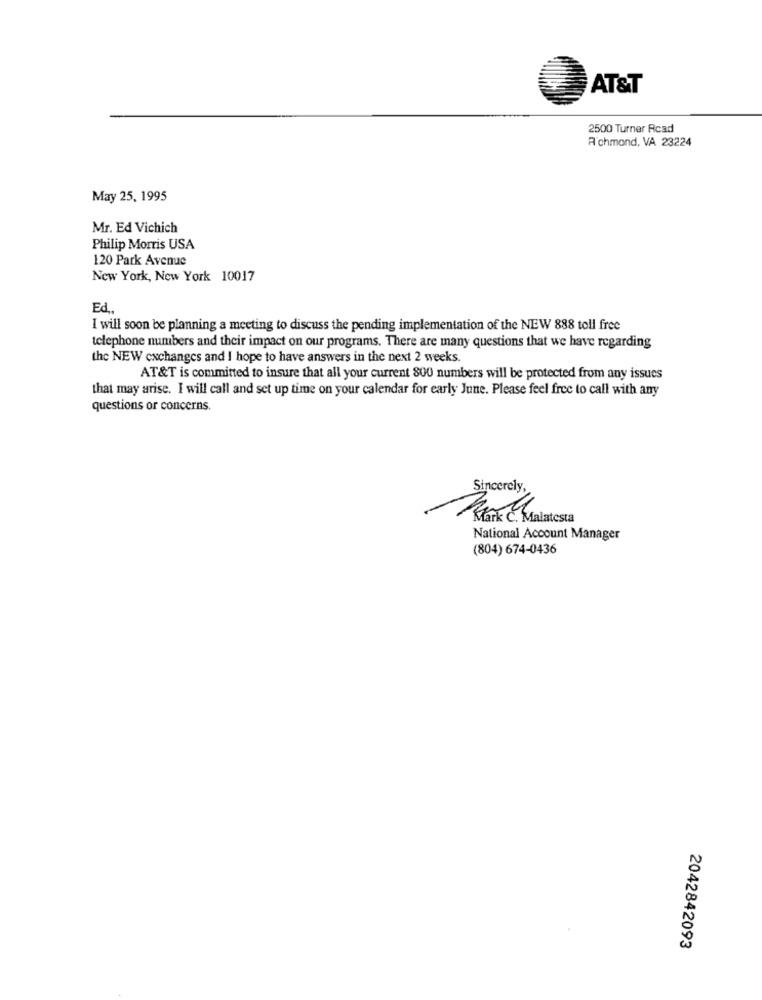
AT&T
2500 Turner Rcad
A'chmond, VA 23224
May 25, 1995
Mr. Ed Vichich
Philip Morris USA
120 Park Avenue
New York, New York 10017
Ed,
I will soon be planning a meeting to discuss the pending implementation of the NEW 888 toll free
telephone numbers and their impact on our programs. There are many questions that we have regarding
the NEW exchanges and I hope to have answers in the next 2 weeks.
AT&T is committed to insure that all your current 800 numbers will be protected from any issues
that may arise. I will call and set up time on your calendar for early June. Please feel free to call with any
questions or concerns.
Sincerely,
Stark c.Malatesta
National Account Manager
(804) 674-0436
2042842093